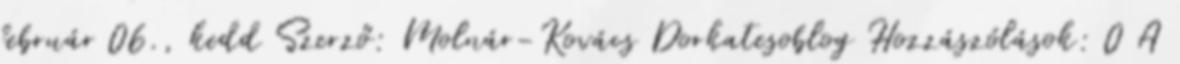
február 06., kedd Szerző: Molnár-Kovács Dorkatesoblog Hozzászólások: 0 A